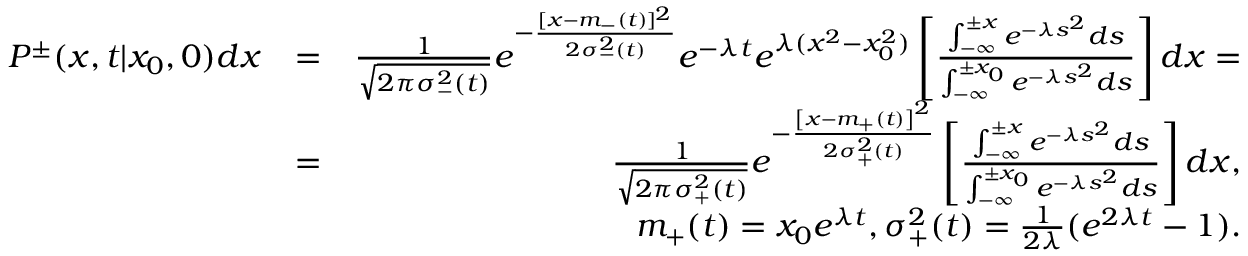
\begin{array} { r l r } { P ^ { \pm } ( x , t | x _ { 0 } , 0 ) d x } & { = } & { { \frac { 1 } { \sqrt { 2 \pi \sigma _ { - } ^ { 2 } ( t ) } } } e ^ { - { \frac { [ x - m _ { - } ( t ) ] ^ { 2 } } { 2 \sigma _ { - } ^ { 2 } ( t ) } } } e ^ { - \lambda t } e ^ { \lambda ( x ^ { 2 } - x _ { 0 } ^ { 2 } ) } \left[ { \frac { \int _ { - \infty } ^ { \pm x } e ^ { - \lambda s ^ { 2 } } d s } { \int _ { - \infty } ^ { \pm x _ { 0 } } e ^ { - \lambda s ^ { 2 } } d s } } \right] d x = } \\ & { = } & { { \frac { 1 } { \sqrt { 2 \pi \sigma _ { + } ^ { 2 } ( t ) } } } e ^ { - { \frac { \left[ x - m _ { + } ( t ) \right] ^ { 2 } } { 2 \sigma _ { + } ^ { 2 } ( t ) } } } \left[ { \frac { \int _ { - \infty } ^ { \pm x } e ^ { - \lambda s ^ { 2 } } d s } { \int _ { - \infty } ^ { \pm x _ { 0 } } e ^ { - \lambda s ^ { 2 } } d s } } \right] d x , } \\ & { } & { m _ { + } ( t ) = x _ { 0 } e ^ { \lambda t } , \sigma _ { + } ^ { 2 } ( t ) = \frac { 1 } { 2 \lambda } ( e ^ { 2 \lambda t } - 1 ) . } \end{array}